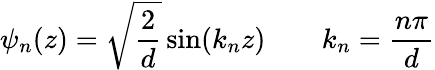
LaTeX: \psi_{n}(z)={\sqrt{\frac{2}{d}}}\sin(k_{n}z)\qquad k_{n}={\frac{n\pi}{d}}